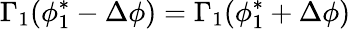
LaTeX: \Gamma_{1}(\phi_{1}^{*}-\Delta\phi)=\Gamma_{1}(\phi_{1}^{*}+\Delta\phi)